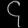
Digit: ၄